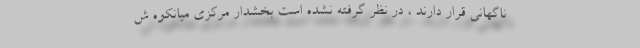
ناگهانی قرار دارند ، در نظر گرفته نشده است بخشدار مرکزی میانکوه ش